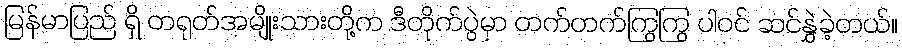
မြန်မာပြည် ရှိ တရုတ်အမျိုးသားတို့က ဒီတိုက်ပွဲမှာ တက်တက်ကြွကြွ ပါဝင် ဆင်နွှဲခဲ့တယ်။